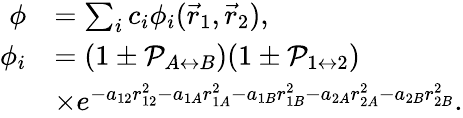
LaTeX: \begin{array}{rl}{\phi}&{=\sum_{i}c_{i}\phi_{i}(\vec{r}_{1},\vec{r}_{2}),}\\ {\phi_{i}}&{=(1\pm\mathcal{P}_{A\leftrightarrow B})(1\pm\mathcal{P}_{1\leftrightarrow 2})}\\ &{\times e^{-a_{12}r_{12}^{2}-a_{1A}r_{1A}^{2}-a_{1B}r_{1B}^{2}-a_{2A}r_{2A}^{2}-a_{2B}r_{2B}^{2}}.}\end{array}